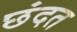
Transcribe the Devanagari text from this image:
छंदत